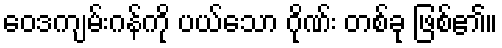
ဝေဒကျမ်းဂန်ကို ပယ်သော ဂိုဏ်း တစ်ခု ဖြစ်၏။